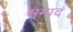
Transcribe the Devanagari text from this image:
सम्पदं